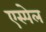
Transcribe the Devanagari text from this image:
एस्पेल